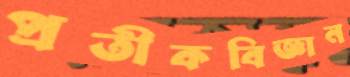
প্রতীকবিজ্ঞান